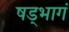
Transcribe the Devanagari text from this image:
षड्भागं